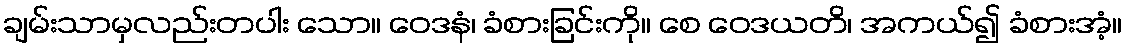
ချမ်းသာမှလည်းတပါး သော။ ဝေဒနံ၊ ခံစားခြင်းကို။ စေ ဝေဒယတိ၊ အကယ်၍ ခံစားအံ့။